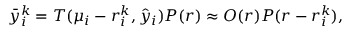
\bar { y } _ { i } ^ { k } = T ( \mu _ { i } - r _ { i } ^ { k } , \hat { y } _ { i } ) P ( r ) \approx O ( r ) P ( r - r _ { i } ^ { k } ) ,